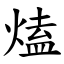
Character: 熆